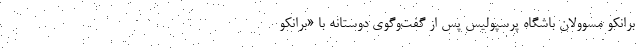
برانکو مسوولان باشگاه پرسپولیس پس از گفت‌وگوی دوستانه با «برانکو